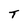
Character: T